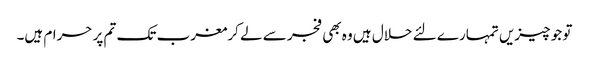
تو جو چیزیں تمہارے لئے حلال ہیں وہ بھی فجر سے لے کرمغرب تک تم پر حرام ہیں۔